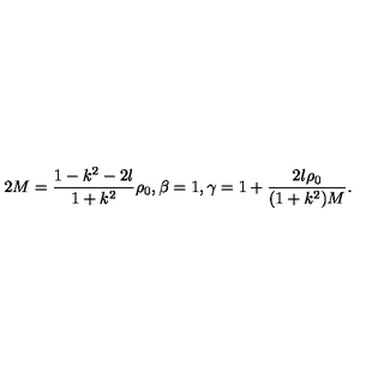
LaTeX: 2 M = \frac { 1 - k ^ { 2 } - 2 l } { 1 + k ^ { 2 } } \rho _ { 0 } , \beta = 1 , \gamma = 1 + \frac { 2 l \rho _ { 0 } } { ( 1 + k ^ { 2 } ) M } .